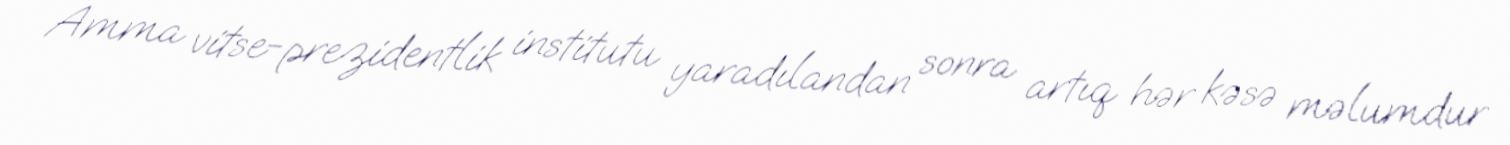
Amma vitse-prezidentlik institutu yaradılandan sonra artıq hər kəsə məlumdur